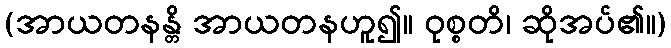
(အာယတနန္တိ အာယတနဟူ၍။ ဝုစ္စတိ၊ ဆိုအပ်၏။)